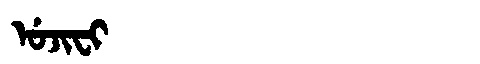
Manchu: ᡠᠵᡳᠸᡳ
Romanization: UJIFI